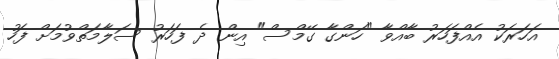
އަހަރަކު އެއްފަހަރު ބާއްވާ "ހަންގާ ގޭމްސް" އިން ދެ ފަހަރު ސަލާމަތްވުމަށް ފަހު